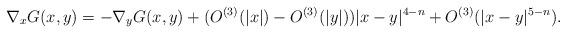
LaTeX: \begin{align*}\nabla_x G(x,y)=-\nabla_y G(x,y) +(O^{(3)}(|x|)-O^{(3)}(|y|) )|x-y|^{4-n}+O^{(3)}(|x-y|^{5-n}).\end{align*}